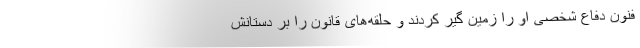
فنون دفاع شخصی او را زمین گیر کردند و حلقه‌های قانون را بر دستانش